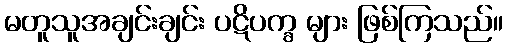
မတူသူအချင်းချင်း ပဋိပက္ခ များ ဖြစ်ကြသည်။